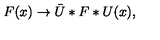
F ( x ) \to \bar { U } * F * U ( x ) ,